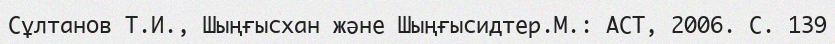
Сұлтанов Т.И., Шыңғысхан және Шыңғысидтер.М.: АСТ, 2006. С. 139